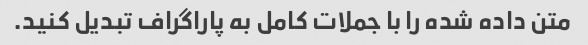
متن داده شده را با جملات کامل به پاراگراف تبدیل کنید.